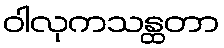
ဝါလုကသန္ထတာ